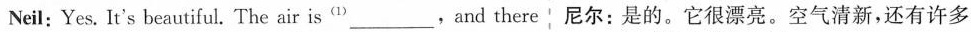
Neil: Yes. It's beautiful. The air is^{(1)} ___,and there 尼尔：是的。它很漂亮，空气清新，还有许多